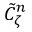
\tilde { C } _ { \zeta } ^ { n }